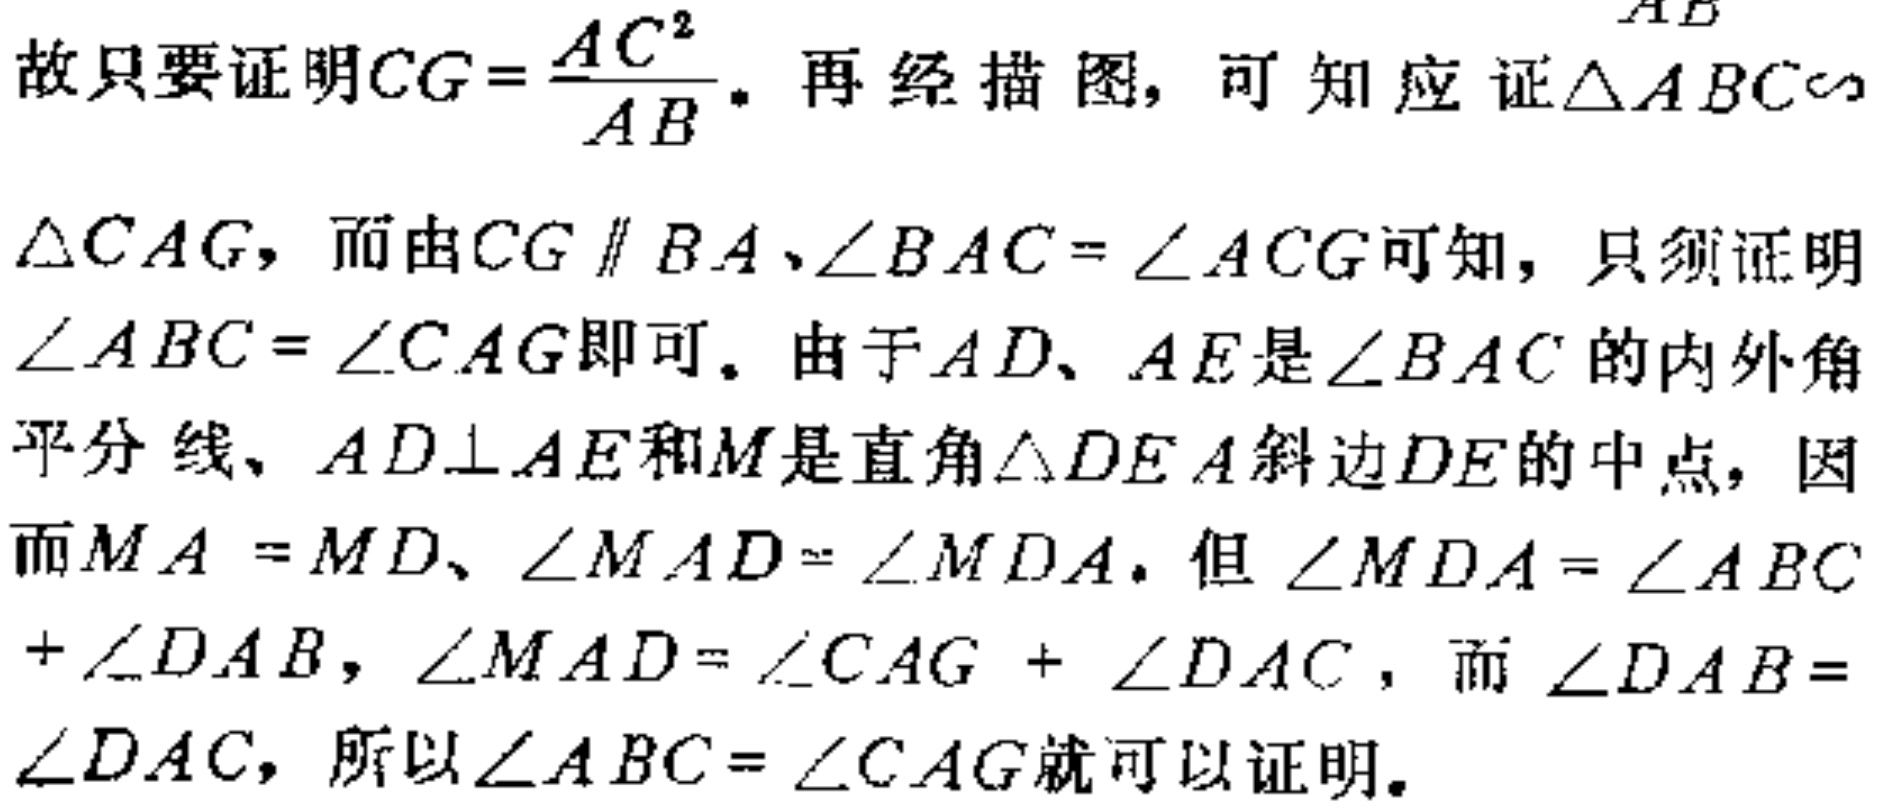
故只要证明\(CG = \frac{AC^{2}}{AB}\)。再经描图，可知应证\(\triangle ABC\sim\)
\(\triangle CAG\)，而由\(CG \parallel BA\)、\(\angle BAC = \angle ACG\)可知，只须证明
\(\angle ABC = \angle CAG\)即可。由于\(AD\)、\(AE\)是\(\angle BAC\)的内外角
平分线、\(AD\perp AE\)和\(M\)是直角\(\triangle DEA\)斜边\(DE\)的中点，因
而\(MA = MD\)、\(\angle MAD = \angle MDA\)。但\(\angle MDA = \angle ABC\)
\(+\angle DAB\)，\(\angle MAD = \angle CAG + \angle DAC\)，而\(\angle DAB =\)
\(\angle DAC\)，所以\(\angle ABC = \angle CAG\)就可以证明。